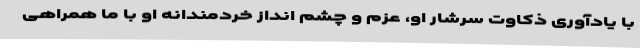
با یادآوری ذکاوت سرشار او، عزم و چشم انداز خردمندانه او با ما همراهی